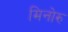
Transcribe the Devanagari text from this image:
मिनोरु